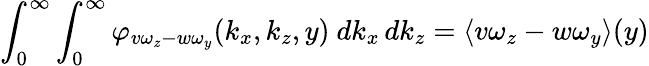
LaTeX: \int_{0}^{\infty}\int_{0}^{\infty}\varphi_{v\omega_{z}-w\omega_{y}}(k_{x},k_{z},y)\ dk_{x}\, dk_{z}=\langle{v\omega_{z}}-{w\omega_{y}}\rangle(y)